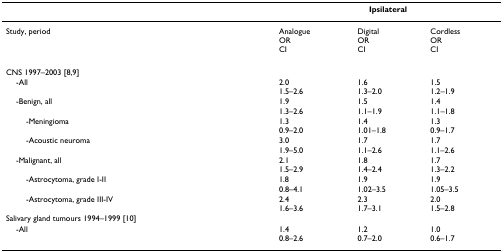
<table><thead><tr><td></td><td colspan="3"><b>Ipsilateral</b></td></tr></thead><tbody><tr><td>Study, period</td><td>AnalogueORCI</td><td>DigitalORCI</td><td>CordlessORCI</td></tr><tr><td>CNS 1997–2003 [8,9]</td><td></td><td></td><td></td></tr><tr><td> -All</td><td>2.01.5–2.6</td><td>1.61.3–2.0</td><td>1.51.2–1.9</td></tr><tr><td> -Benign, all</td><td>1.91.3–2.6</td><td>1.51.1–1.9</td><td>1.41.1–1.8</td></tr><tr><td>-Meningioma</td><td>1.30.9–2.0</td><td>1.41.01–1.8</td><td>1.30.9–1.7</td></tr><tr><td>-Acoustic neuroma</td><td>3.01.9–5.0</td><td>1.71.1–2.6</td><td>1.71.1–2.6</td></tr><tr><td> -Malignant, all</td><td>2.11.5–2.9</td><td>1.81.4–2.4</td><td>1.71.3–2.2</td></tr><tr><td>-Astrocytoma, grade I-II</td><td>1.80.8–4.1</td><td>1.91.02–3.5</td><td>1.91.05–3.5</td></tr><tr><td>-Astrocytoma, grade III-IV</td><td>2.41.6–3.6</td><td>2.31.7–3.1</td><td>2.01.5–2.8</td></tr><tr><td>Salivary gland tumours 1994–1999 [10]</td><td></td><td></td><td></td></tr><tr><td> -All</td><td>1.40.8–2.6</td><td>1.20.7–2.0</td><td>1.00.6–1.7</td></tr></tbody></table>